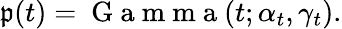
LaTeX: \mathfrak{p}(t)=\mathrm{{~G~a~m~m~a~}}(t;\alpha_{t},\gamma_{t}).